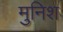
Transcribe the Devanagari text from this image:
मुनिश